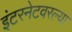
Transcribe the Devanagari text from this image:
इंटरनेटवरल्या